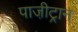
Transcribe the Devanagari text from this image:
पाजी़ट्रान